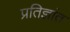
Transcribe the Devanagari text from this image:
प्रतिज्ञांत